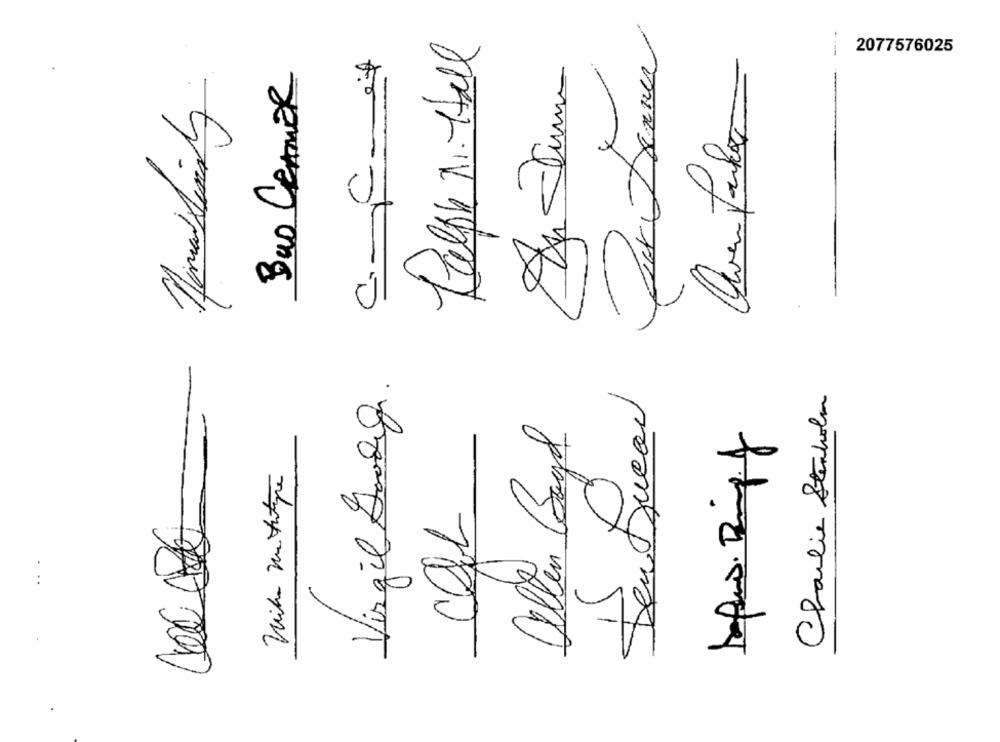
---
Elth M. Hall
Virgil Song. C.C-it
2077576025
Buo CRAMER
Quen falar
Charlie Stenkolen
Ollen Goyd
A
..